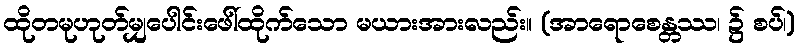
ထိုတမုဟုတ်မျှပေါင်းဖေါ်ထိုက်သော မယားအားလည်း။ (အာရောစေန္တဿ၊ ၌ စပ်၊)